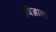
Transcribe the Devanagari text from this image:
बिज्जाला